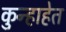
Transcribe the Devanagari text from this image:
कुन्हाहेत